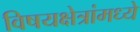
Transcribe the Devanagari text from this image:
विषयक्षेत्रांमध्ये